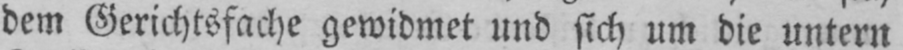
dem Gerichtsfache gewidmet und sich um die untern